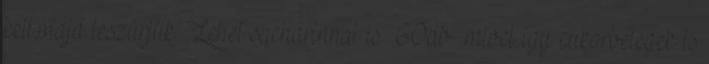
kell,majd leszürjűk. Lehet sacharinnal is 60db mivel így cukorbetegek is